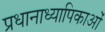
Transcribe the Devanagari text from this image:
प्रधानाध्यापिकाओं